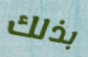
بذلك